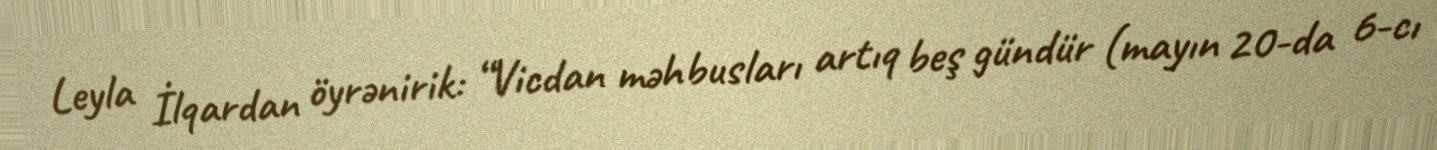
Leyla İlqardan öyrənirik: “Vicdan məhbusları artıq beş gündür (mayın 20-da 6-cı